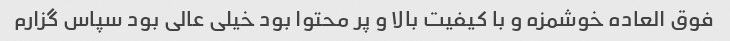
فوق العاده خوشمزه و با کیفیت بالا و پر محتوا بود خیلی عالی بود سپاس گزارم